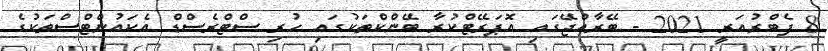
8 ފެބްރުއަރީ 2021 - ބޭރާއްޖޭގައި އޮޕަރޭޓްކުރާ ބޭންކްތަކުގައި ހުރި ސްޓްރެސްޑް އެކައުންޓްސްތަކުގެ